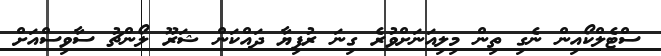
ސްޓެލްކޯއިން ނެގި ތިން މިލިއަނަށްވުރެ ގިނަ ރުފިޔާ ދައްކަން ޝަރޫ ލޯންޗު ސާވިސްއަށް